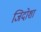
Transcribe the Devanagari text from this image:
जिदोशा